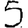
Digit: 5